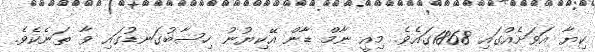
ކިޔާ އަވަށެއްގައި 1868ގައެވެ. މިއީ ނާމް ޑާން އޭކިޔުނު ހިސާބުގަނޑުގައި ވާ ތަނެކެވެ.